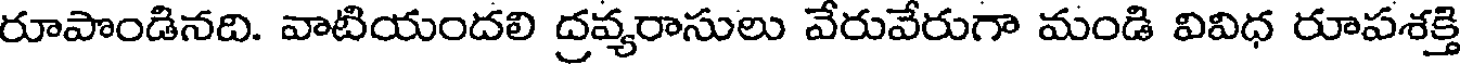
రూపొండినది. వాటియందలి ద్రవ్యరాసులు వేరువేరుగా మండి వివిధ రూపశక్తి